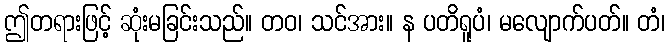
ဤတရားဖြင့် ဆုံးမခြင်းသည်။ တဝ၊ သင်အား။ န ပတိရူပံ၊ မလျောက်ပတ်။ တံ၊